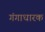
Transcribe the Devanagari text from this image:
गंगाधारक